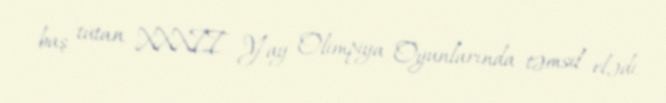
baş tutan XXXII Yay Olimpiya Oyunlarında təmsil elədi.